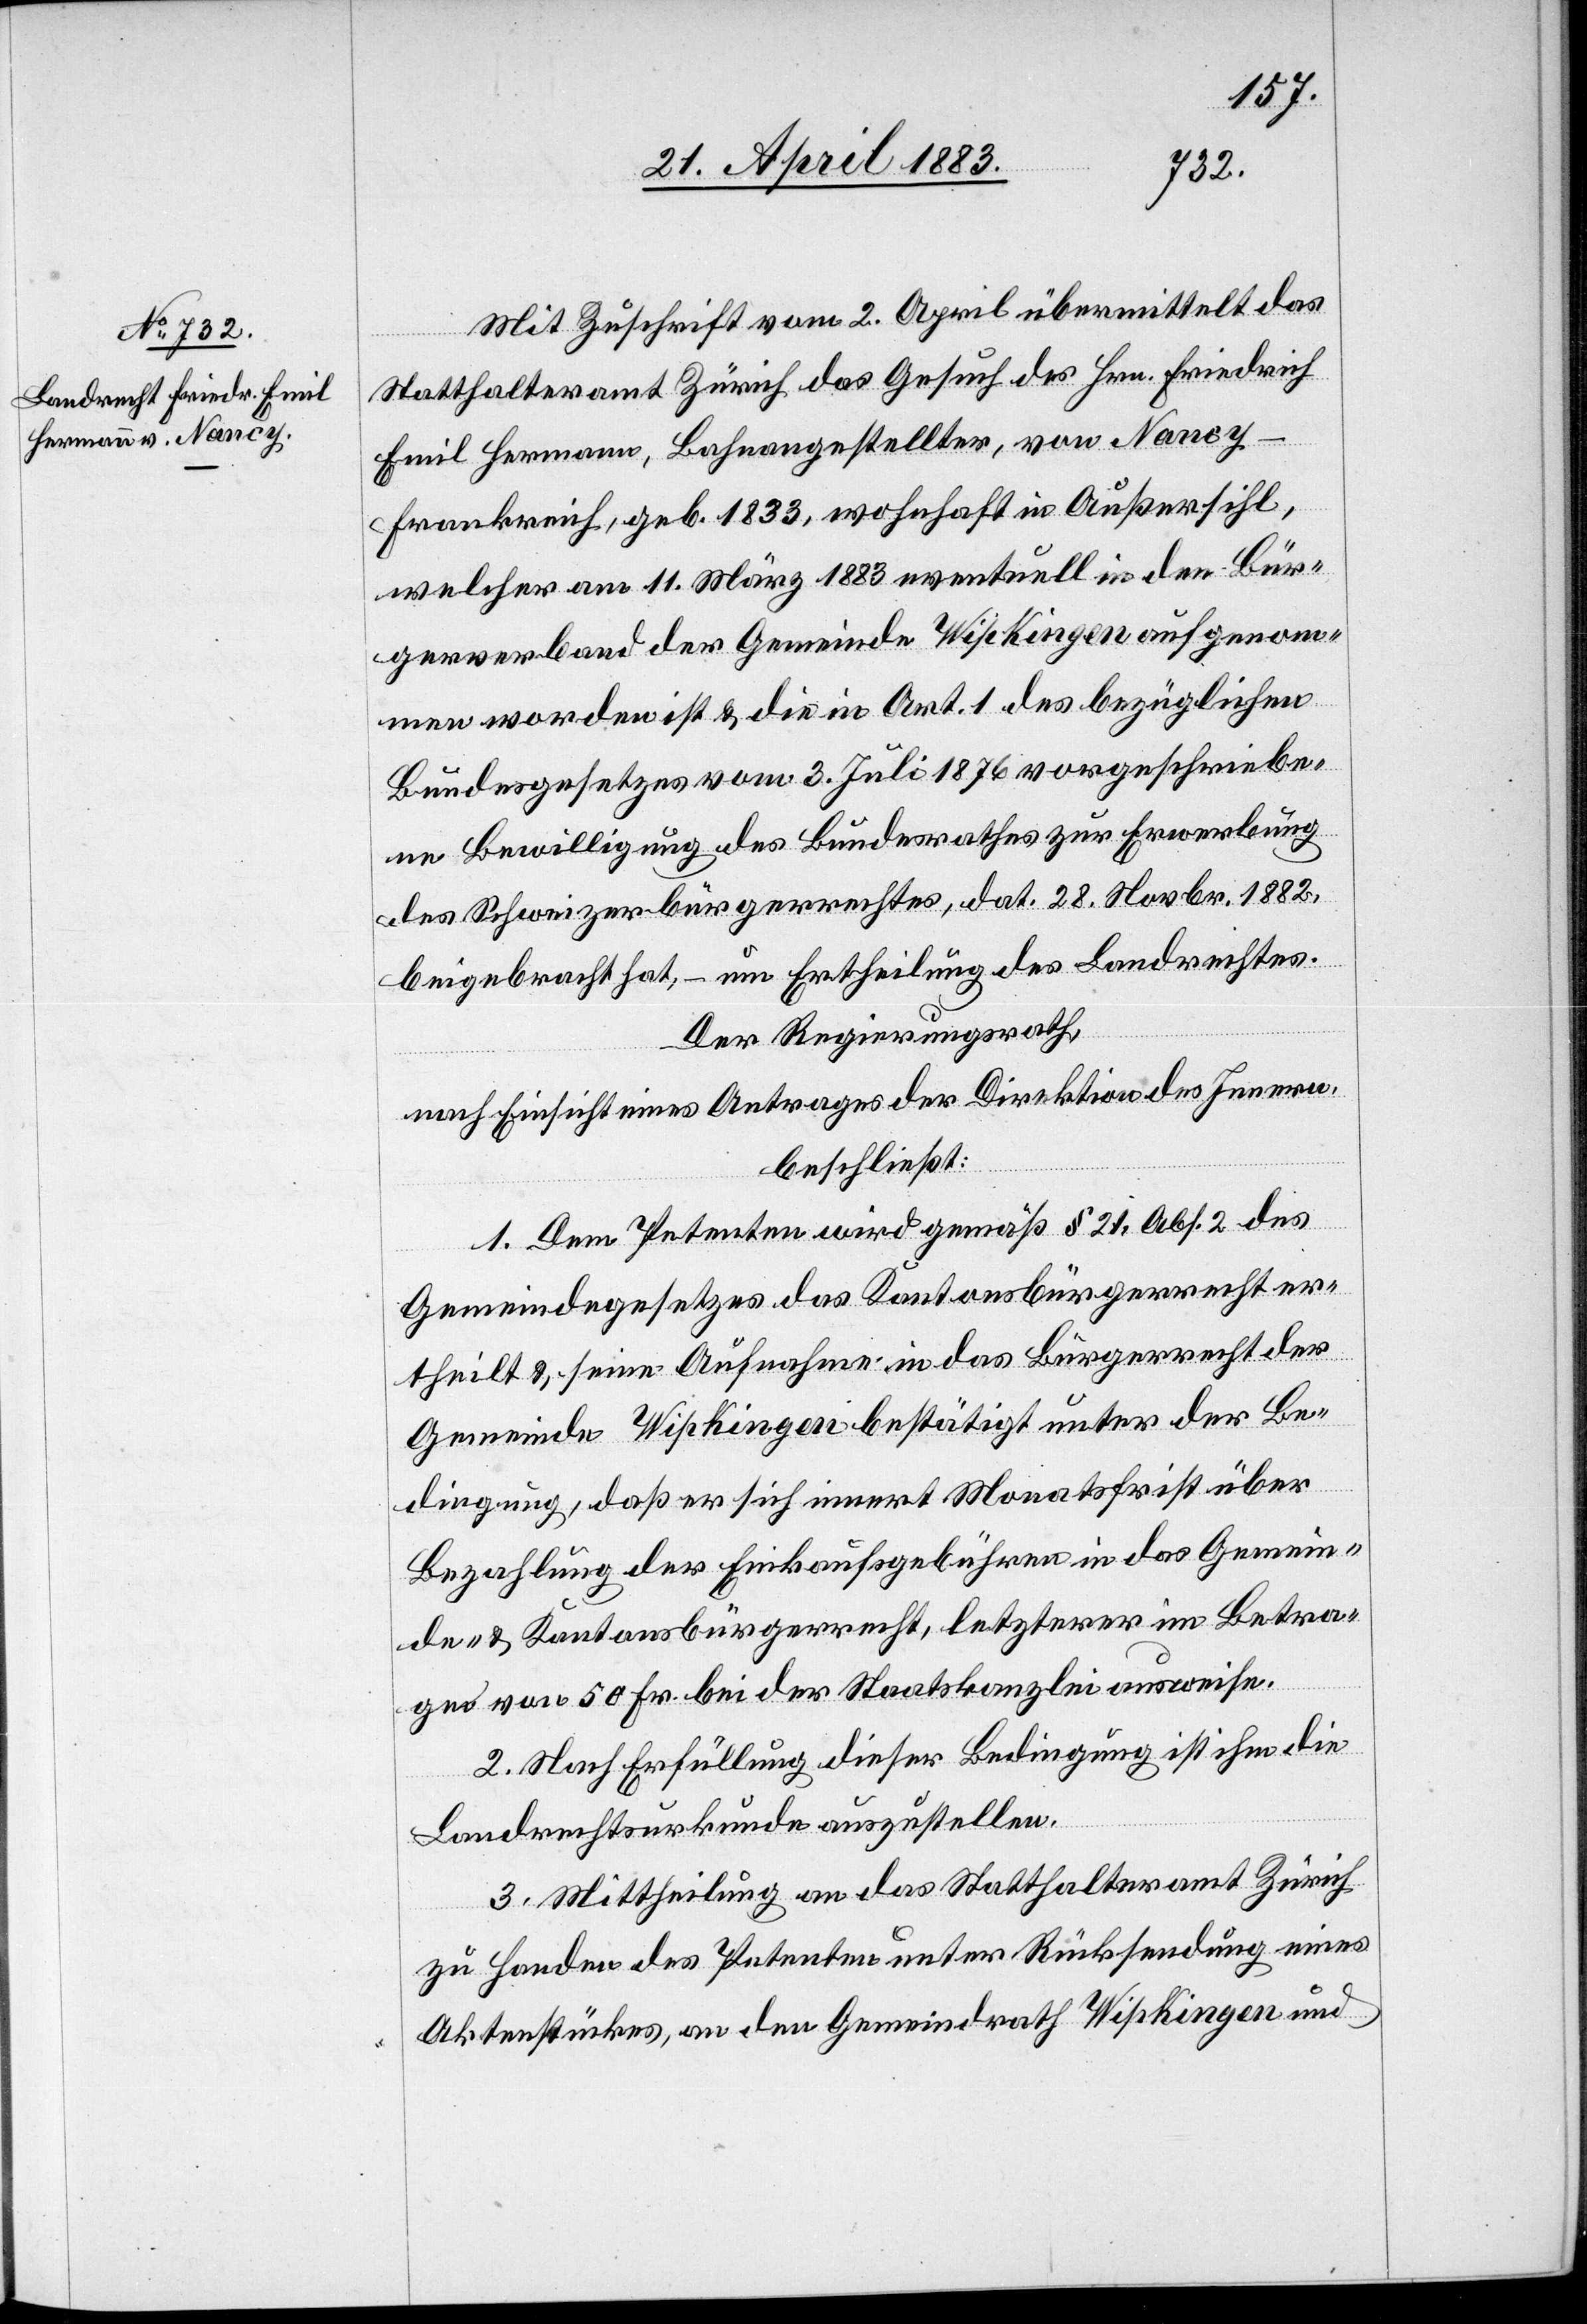
Mit Zuschrift vom 2. April übermittelt das
Statthalteramt Zürich das Gesuch des Hrn. Friedrich
Emil Hermann, Bahnangestellter, von Nancy
Frankreich, geb. 1833, wohnhaft in Außersihl,
welcher am 11. März 1883 eventuell in den Bür¬
gerverband der Gemeinde Wipkingen aufgenom¬
men worden ist & die in Art. 1 des bezüglichen
Bundesgesetzes vom 3. Juli 1876 vorgeschriebe¬
ne Bewilligung des Bundesrathes zur Erwerbung
des Schweizerbürgerrechtes, dat. 28. Novbr. 1882,
beigebracht hat, – um Ertheilung des Landrechtes.
Der Regierungsrath,
nach Einsicht eines Antrages der Direktion des Innern,
beschließt:
1. Dem Petenten wird gemäß § 21, Abs. 2 des
Gemeindegesetzes das Kantonsbürgerrecht er¬
theilt & seine Aufnahme in das Bürgerrecht der
Gemeinde Wipkingen bestätigt unter der Be¬
dingung, daß er sich innert Monatsfrist über
Bezahlung der Einkaufsgebühren in das Gemein¬
de- & Kantonsbürgerrecht, letzterer im Betra¬
ge von 50 Fr. bei der Staatskanzlei ausweise.
2. Nach Erfüllung dieser Bedingung ist ihm die
Landrechtsurkunde auszustellen.
3. Mittheilung an das Statthalteramt Zürich
zu Handen des Petenten unter Rücksendung eines
Aktenstückes, an den Gemeindrath Wipkingen und